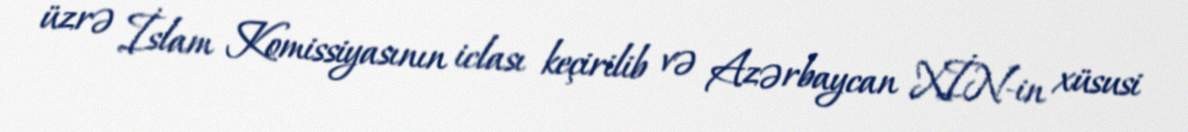
üzrə İslam Komissiyasının iclası keçirilib və Azərbaycan XİN-in xüsusi